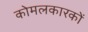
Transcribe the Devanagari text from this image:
कोमलकारकों